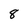
Character: 8